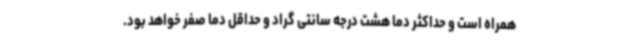
همراه است و حداکثر دما هشت درجه سانتی گراد و حداقل دما صفر خواهد بود.